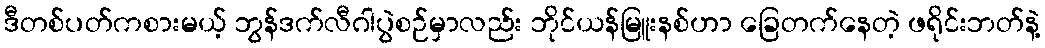
ဒီတစ်ပတ်ကစားမယ့် ဘွန်ဒက်လီဂါပွဲစဉ်မှာလည်း ဘိုင်ယန်မြူးနစ်ဟာ ခြေတက်နေတဲ့ ဖရိုင်းဘတ်နဲ့